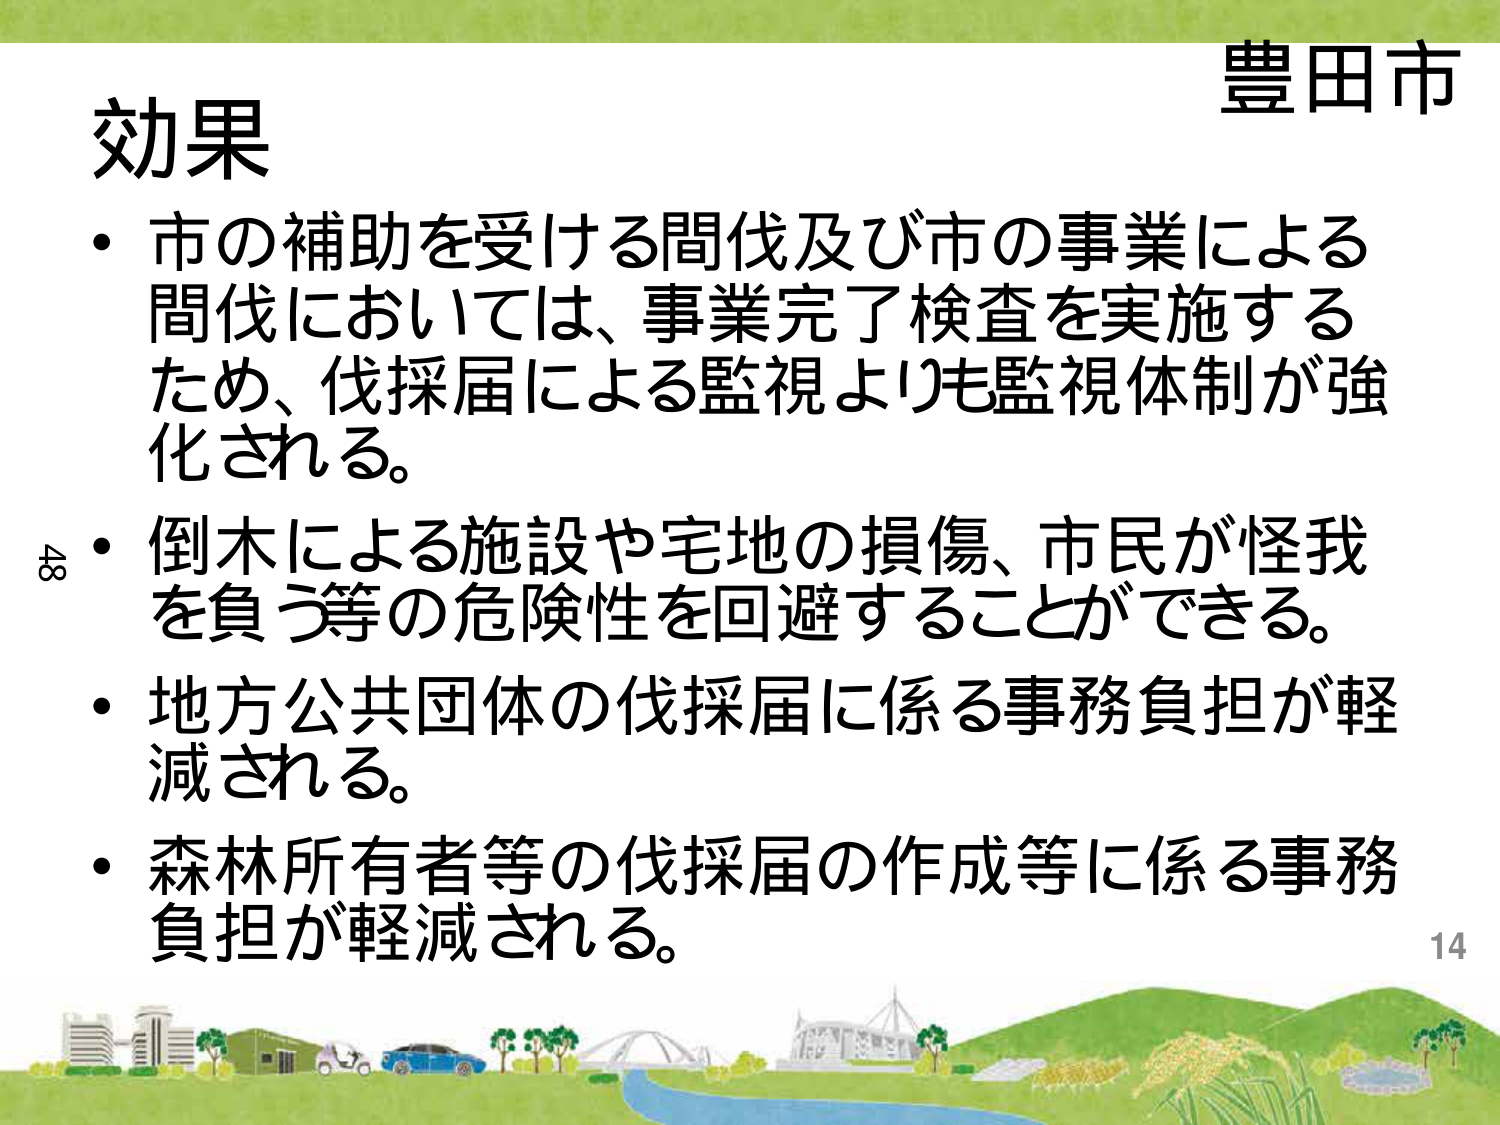
豊田市
効果
・市の補助を受ける間伐及び市の事業による間伐においては、事業完了検査を実施するため、伐採届による監視よりも監視体制が強化される。
・倒木による施設や宅地の損傷、市民が怪我を負う等の危険性を回避することができる。
・地方公共団体の伐採届に係る事務負担が軽減される。
・森林所有者等の伐採届の作成等に係る事務負担が軽減される。
48
14